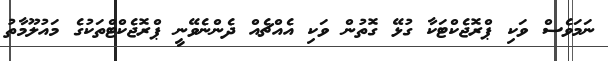
ނަމަވެސް ވަކި ޕްރޮޖެކްޓަކާ ގުޅޭ ގޮތުން ވަކި އެއްޗެއް ދެންނެވޭނީ ޕްރޮޖެކްޓްތަކުގެ މައުލޫމާތު